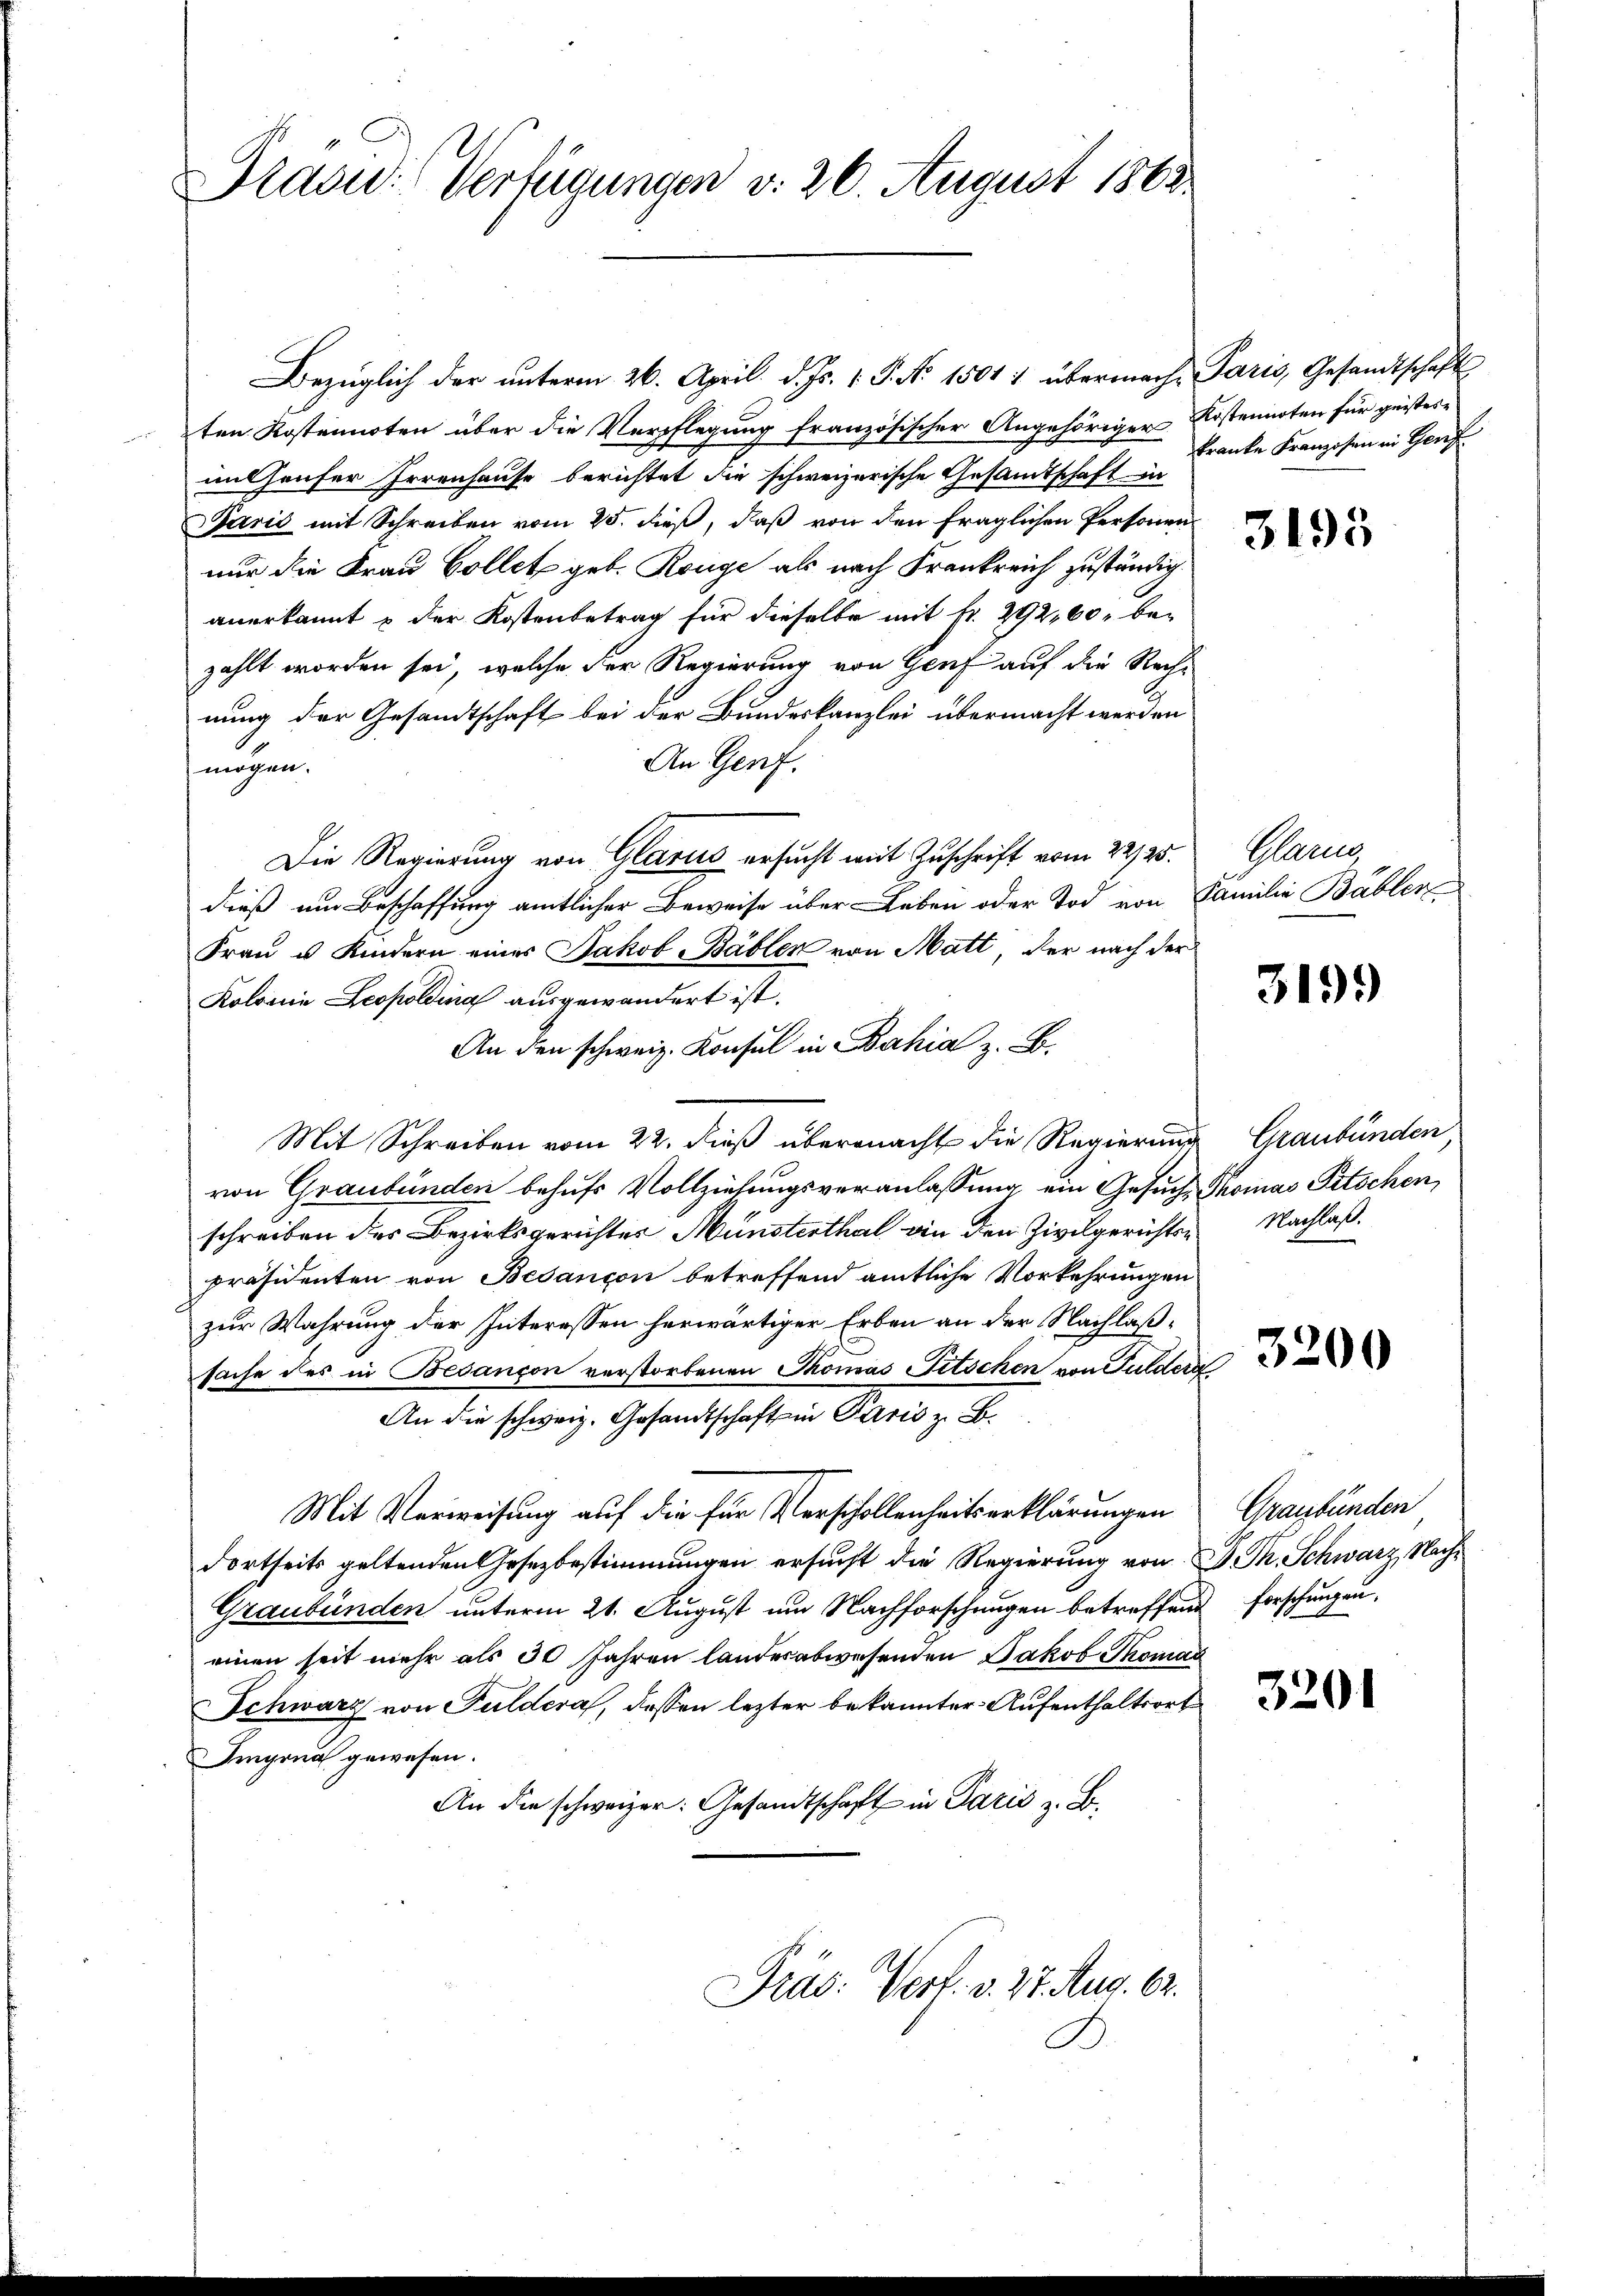
Präsid. Verfügungen v. 26. August 1863.

Bezüglich der unterm 26. April d. Js. v. J. No. 1501 1 übermache Paris, Gesandtschaft
ten Kostennoten über die Verpflegung französischer Angehöriger Kostennoten für geistesmithauser Irrenhause berichtet die schweizerische Gesandtschaft in
Paris mit Schreiben vom 25. dieß, daß von den fraglichen Personen
nur die Frau Collet geb. Range als nach Frankreich zuständig.
anerkannt & der Kostenbetrag für dieselbe mit fr. 292, 60, bezahlt worden sei, welche der Regierung von Genf auf die Rechnung der Gesandtschaft bei der Bundeskanzlei übermacht werden
An Genf.
mögen.
Die Regierung von Glarus ersucht mit Zuschrift vom 22/25.
dieß um Beschaffung amtlicher Beweise über Leben oder Tod von Familie Bäbler
Frau u. Kindern eines Jakob Bäbler von Matt, der nach der
Kolonia Leopoldina ausgewandert ist.
An den schweiz. Konsul in Bahia z. B.
Mit Schreiben vom 22. dieß übermacht die Regierung Graubünden,
von Graubünden behufs Vollziehungsveranlassung ein Gesuch Thomas Titschen,
schreiben des Bezirksgerichtes Münsterthal in den Zivilgerichten Nachlaßpräsidenten von Besançon betreffend amtliche Vorkehrungen
zur Wahrung der Interessen herwärtiger Erben an der Nachlaßsache des in Besançon verstorbenen Thomas Titschen von Guldern
An die schweiz. Gesandtschaft in Paris z. B.
Mit Verweisung auf die für Verschollenheitserklärungen
dortseits geltenden Gesezbestimmungen ersucht die Regierung von P. M. Schwarz, Nach¬
Graubünden unterm 21. August um Nachforschungen betreffend forschungen.
einen seit mehr als 30 Jahren landesabwesenden Jakob Thoman
Schwarz von Guldera, dessen lezter bekannter Aufenthaltsort
Iingen gewesen.
An die schweizer: Gesandtschaft in Paris z. B.
Präs: Vert. v. 27. Aug. 62.

kranke Kranzosen in Genf

3195

Marn

3199

3200

Graubünden

3201